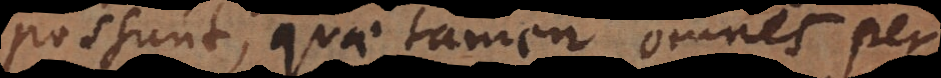
possunt, quae tamen omnes per